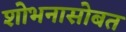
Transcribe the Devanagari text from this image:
शोभनासोबत